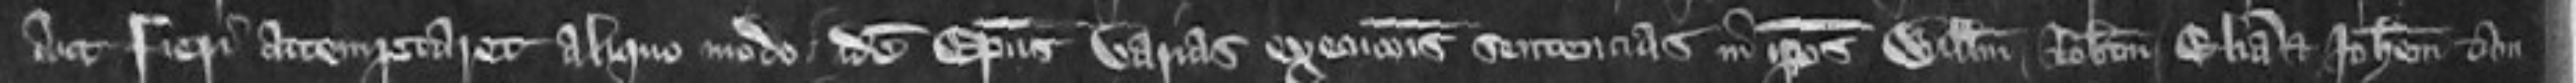
aut fieri attemptaret aliquo modo idem Episcopus varias excommunicationis sententias in ipsius Willelmum Robertum Eliam et Johannem tam